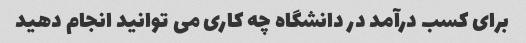
برای کسب درآمد در دانشگاه چه کاری می توانید انجام دهید